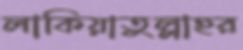
লাকিয়াতুল্লাহর